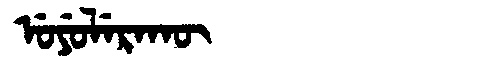
Manchu: ᡠᠶᡠᠯᡝᡵᠠᡴᡡ
Romanization: UYULERAKŪ